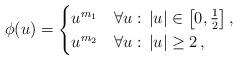
LaTeX: \begin{align*} \phi(u)=\begin{cases}u^{m_1} & \forall u: \, |u| \in \left[0 , \frac 1 2 \right] , \\u^{m_2} & \forall u: \, |u| \ge 2 \, ,\end{cases}\end{align*}